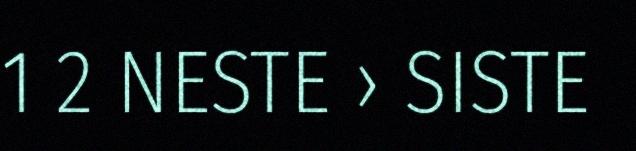
1 2 NESTE › SISTE